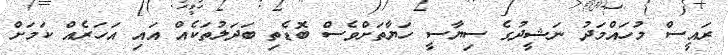
ރައީސް މުހައްމަދު ނަޝީދުގެ ސިޔާސީ ހަޔާތަށްވެސް ބޮޑެތި ބަދަލުތަކެއް އައި އަހަރެއް ކަމަށް